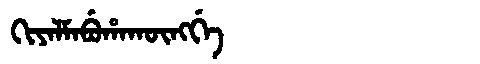
Manchu: ᡴᡳᠶᠠᠯᠮᠠᠪᡠᡥᠠᡴᡡᠩᡤᡝ
Romanization: KIYALMABUHAKŪNGGE